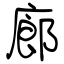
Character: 廊